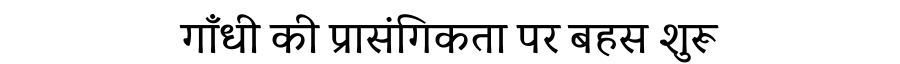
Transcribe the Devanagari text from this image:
गाँधी की प्रासंगिकता पर बहस शुरू